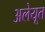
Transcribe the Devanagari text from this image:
अलेयूत